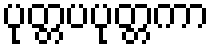
ပုတ္တပပုတ္တကာ